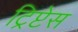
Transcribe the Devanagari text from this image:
ट्रिप्टेस